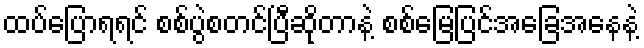
ထပ်ပြောရရင် စစ်ပွဲစတင်ပြီဆိုတာနဲ့ စစ်မြေပြင်အခြေအနေနဲ့